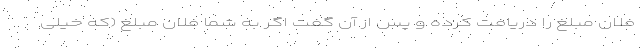
فلان مبلغ را دریافت کرده و پس از آن گفت اگر به شما فلان مبلغ (که خیلی